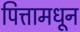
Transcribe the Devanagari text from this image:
पित्तामधून